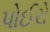
પોઈરો